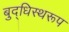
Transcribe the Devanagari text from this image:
बुद्धिस्थरूप